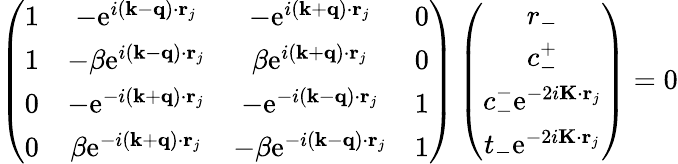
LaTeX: \begin{array}{r}{\left(\begin{array}{cccc}{1}&{-\mathrm{e}^{i(\mathbf{k}-\mathbf{q})\cdot\mathbf{r}_{j}}}&{-\mathrm{e}^{i(\mathbf{k}+\mathbf{q})\cdot\mathbf{r}_{j}}}&{0}\\ {1}&{-\beta\mathrm{e}^{i(\mathbf{k}-\mathbf{q})\cdot\mathbf{r}_{j}}}&{\beta\mathrm{e}^{i(\mathbf{k}+\mathbf{q})\cdot\mathbf{r}_{j}}}&{0}\\ {0}&{-\mathrm{e}^{-i(\mathbf{k}+\mathbf{q})\cdot\mathbf{r}_{j}}}&{-\mathrm{e}^{-i(\mathbf{k}-\mathbf{q})\cdot\mathbf{r}_{j}}}&{1}\\ {0}&{\beta\mathrm{e}^{-i(\mathbf{k}+\mathbf{q})\cdot\mathbf{r}_{j}}}&{-\beta\mathrm{e}^{-i(\mathbf{k}-\mathbf{q})\cdot\mathbf{r}_{j}}}&{1}\end{array}\right)\left(\begin{array}{c}{r_{-}}\\ {c_{-}^{+}}\\ {c_{-}^{-}\mathrm{e}^{-2i\mathbf{K}\cdot\mathbf{r}_{j}}}\\ {t_{-}\mathrm{e}^{-2i\mathbf{K}\cdot\mathbf{r}_{j}}}\end{array}\right)=0}\end{array}